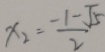
x _ { 2 } = \frac { - 1 - \sqrt { 5 } } { 2 }